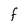
Character: F